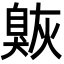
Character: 𦤠